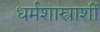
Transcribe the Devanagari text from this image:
धर्मशास्त्राशीं